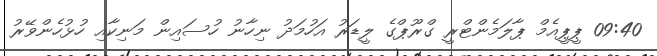
09:40 ޕީޕީއެމް ޕާލަމެންޓްރީ ގްރޫޕްގެ ލީޑަރު އަހުމަދު ނިހާނު ހުސައިން މަނިކާއި ހުޅުހެންވޭރު